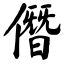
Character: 僭